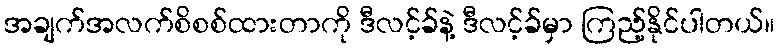
အချက်အလက်စိစစ်ထားတာကို ဒီလင့်ခ်နဲ့ ဒီလင့်ခ်မှာ ကြည့်နိုင်ပါတယ်။